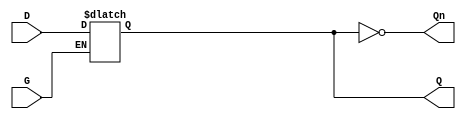
module GatedDLatch (
    input wire D,    // Data input
    input wire G,    // Enable input
    output reg Q,    // Output
    output wire Qn   // Complementary output
);

// Complementary output
assign Qn = ~Q;

// Always block to implement the latch functionality
always @(*) begin
    if (G) begin
        Q = D;  // When G is high, Q follows D
    end
    // When G is low, Q retains its previous value (latch behavior)
end

endmodule